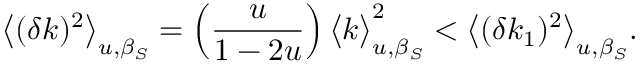
\big < ( \delta k ) ^ { 2 } \big > _ { u , \beta _ { S } } = \left( \frac { u } { 1 - 2 u } \right) \big < k \big > _ { u , \beta _ { S } } ^ { 2 } < \big < ( \delta k _ { 1 } ) ^ { 2 } \big > _ { u , \beta _ { S } } .